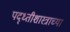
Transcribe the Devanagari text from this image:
पद्ध्तीशास्त्राच्या